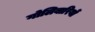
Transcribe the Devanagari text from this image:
गोलिबारियों